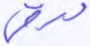
ورقي